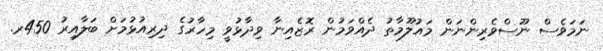
ނަމަވެސް ނޫސްވެރިންނަން މައުލޫމާތު ދެއްވަމުން ރޮޒެއިނާ ވިދާޅުވީ މިހާރުގެ ދިރިއުޅުމަށް ބަލާއިރު 450ރ.